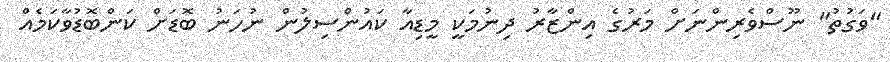
"ވަގުތު" ނޫސްވެރިންނަށް މަރުގެ އިންޒާރު ދިނުމަކީ މީޑިއާ ކައުންސިލުން ނުހަނު ބޮޑަށް ކަންބޮޑުވާކަމެއް